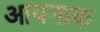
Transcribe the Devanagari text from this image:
आयनाक